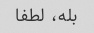
بله، لطفا